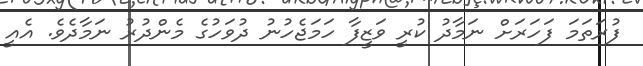
ފުރަތަމަ ފަހަރަށް ނަމާދު ކުރީ ވަޒީފާ ހަމަޖެހުނު ދުވަހުގެ މެންދުރު ނަމާދެވެ. އެއީ